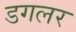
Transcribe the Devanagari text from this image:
डगलर